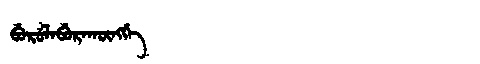
Manchu: ᠪᡠᡵᡠᠯᠠᠪᡠᡵᠠᡴᡡᠩᡤᡝ
Romanization: BURULABURAKŪNGGE